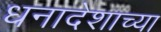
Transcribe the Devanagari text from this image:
धनादेशाच्या